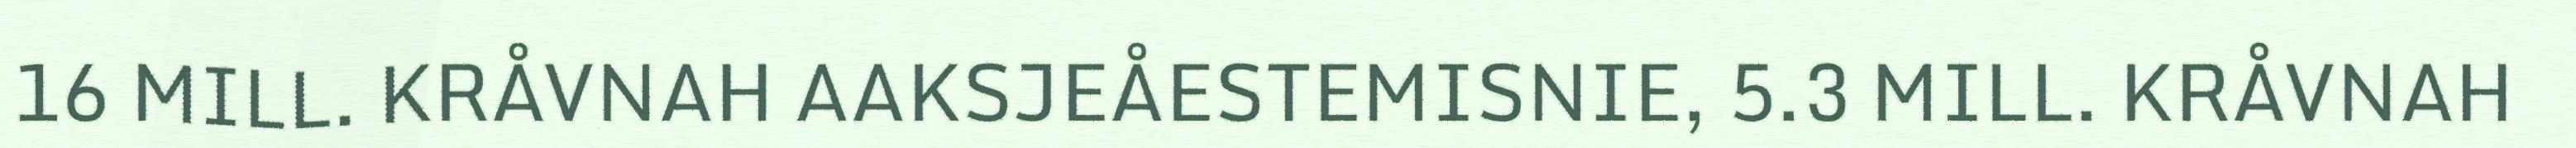
16 MILL. KRÅVNAH AAKSJEÅESTEMISNIE, 5.3 MILL. KRÅVNAH